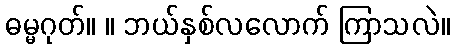
ဓမ္မဂုတ်။ ။ ဘယ်နှစ်လလောက် ကြာသလဲ။